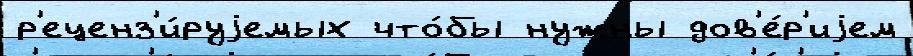
р'еценз'и́руjемых что́бы нужны дов'е́р'иjем